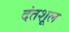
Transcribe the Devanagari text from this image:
दंतशूल